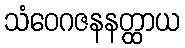
သံဝေဂဇနနတ္ထာယ